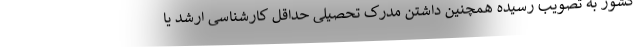
کشور به تصویب رسیده همچنین داشتن مدرک تحصیلی حداقل کارشناسی ارشد یا